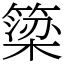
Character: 簗